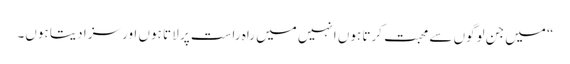
“ میں جن لوگوں سے محبت کرتا ہوں انہیں میں راہِ راست پر لا تا ہوں اور سزا دیتا ہوں۔